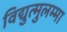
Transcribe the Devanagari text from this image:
विद्युत्मुलम्मा